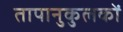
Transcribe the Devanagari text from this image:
तापानुकुलकों